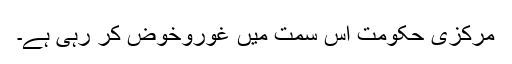
مرکزی حکومت اس سمت میں غوروخوض کر رہی ہے۔